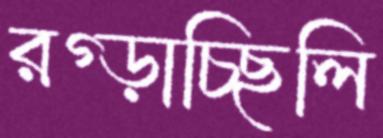
রগ্‌ড়াচ্ছিলি